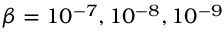
\beta = 1 0 ^ { - 7 } , 1 0 ^ { - 8 } , 1 0 ^ { - 9 }